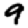
Digit: 9